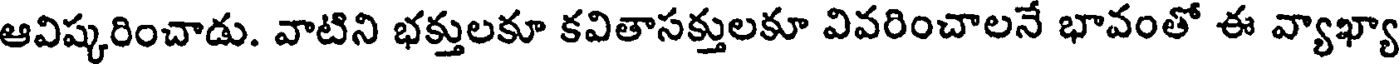
ఆవిష్కరించాడు. వాటిని భక్తులకూ కవితాసక్తులకూ వివరించాలనే భావంతో ఈ వ్యాఖ్యా